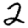
Digit: 2